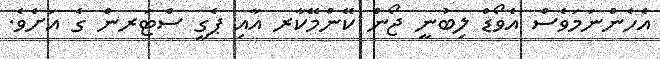
އެހެންނަމަވެސް އެވޯޑް ލިބުނީ ޖޯން ކޭންމޭކާރ އާއި ޕެގީ ސްޓަރން ގެ އަށެވެ.